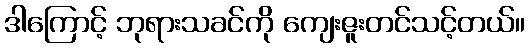
ဒါကြောင့် ဘုရားသခင်ကို ကျေးဇူးတင်သင့်တယ်။